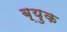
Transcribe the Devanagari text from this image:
ब्युक